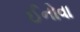
ઈનોવા